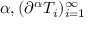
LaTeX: \alpha , ( \partial ^ { \alpha } T _ { i } ) _ { i = 1 } ^ { \infty }